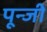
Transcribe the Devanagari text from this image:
पून्जी